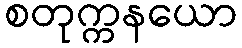
စတုက္ကနယော